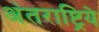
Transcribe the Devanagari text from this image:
अंतराष्ट्रिये